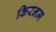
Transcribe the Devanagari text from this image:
किरनम